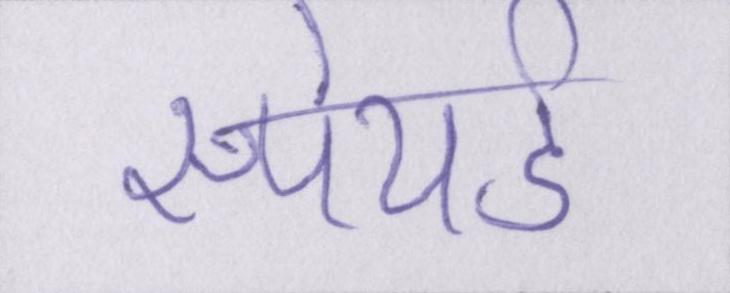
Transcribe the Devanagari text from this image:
स्पेयर्ड